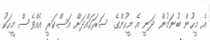
އެ މީހުން ބުނަމުން ދަނީ އެ މީހުންގެ ސަރަހައްދަށް އަސްކަރީ އެއްވެސް މީހަކު